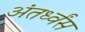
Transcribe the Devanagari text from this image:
अंतर्ध्वंस